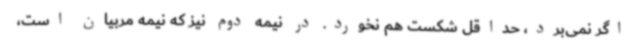
اگر نمی‌برد، حداقل شکست هم نخورد. در نیمه دوم نیز که نیمه مربیان است،